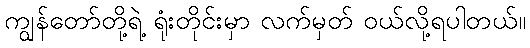
ကျွန်တော်တို့ရဲ့ ရုံးတိုင်းမှာ လက်မှတ် ဝယ်လို့ရပါတယ်။